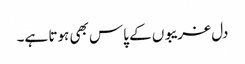
دل غریبوں کے پاس بھی ہوتا ہے۔